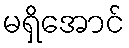
မရှိအောင်